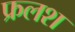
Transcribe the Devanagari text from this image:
फ्रलश